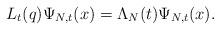
LaTeX: \begin{align*}L_{t}(q)\Psi_{N,t}(x)=\Lambda_{N}(t)\Psi_{N,t}(x).\end{align*}